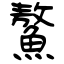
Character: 鰲